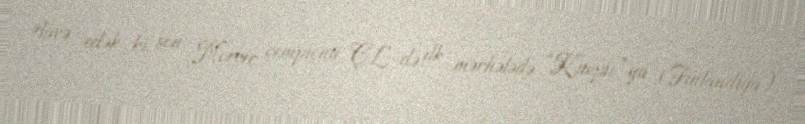
Əlavə edək ki, son Norveç çempionu ÇL-də ilk mərhələdə “Kuopio”ya (Finlandiya)